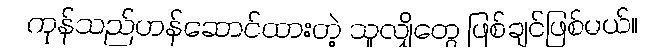
ကုန်သည်ဟန်ဆောင်ထားတဲ့ သူလျှိုတွေ ဖြစ်ချင်ဖြစ်မယ်။